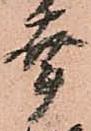
幸